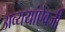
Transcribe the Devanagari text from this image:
अव्ययांऐवजी